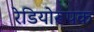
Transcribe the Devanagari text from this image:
रेडियोरूपक